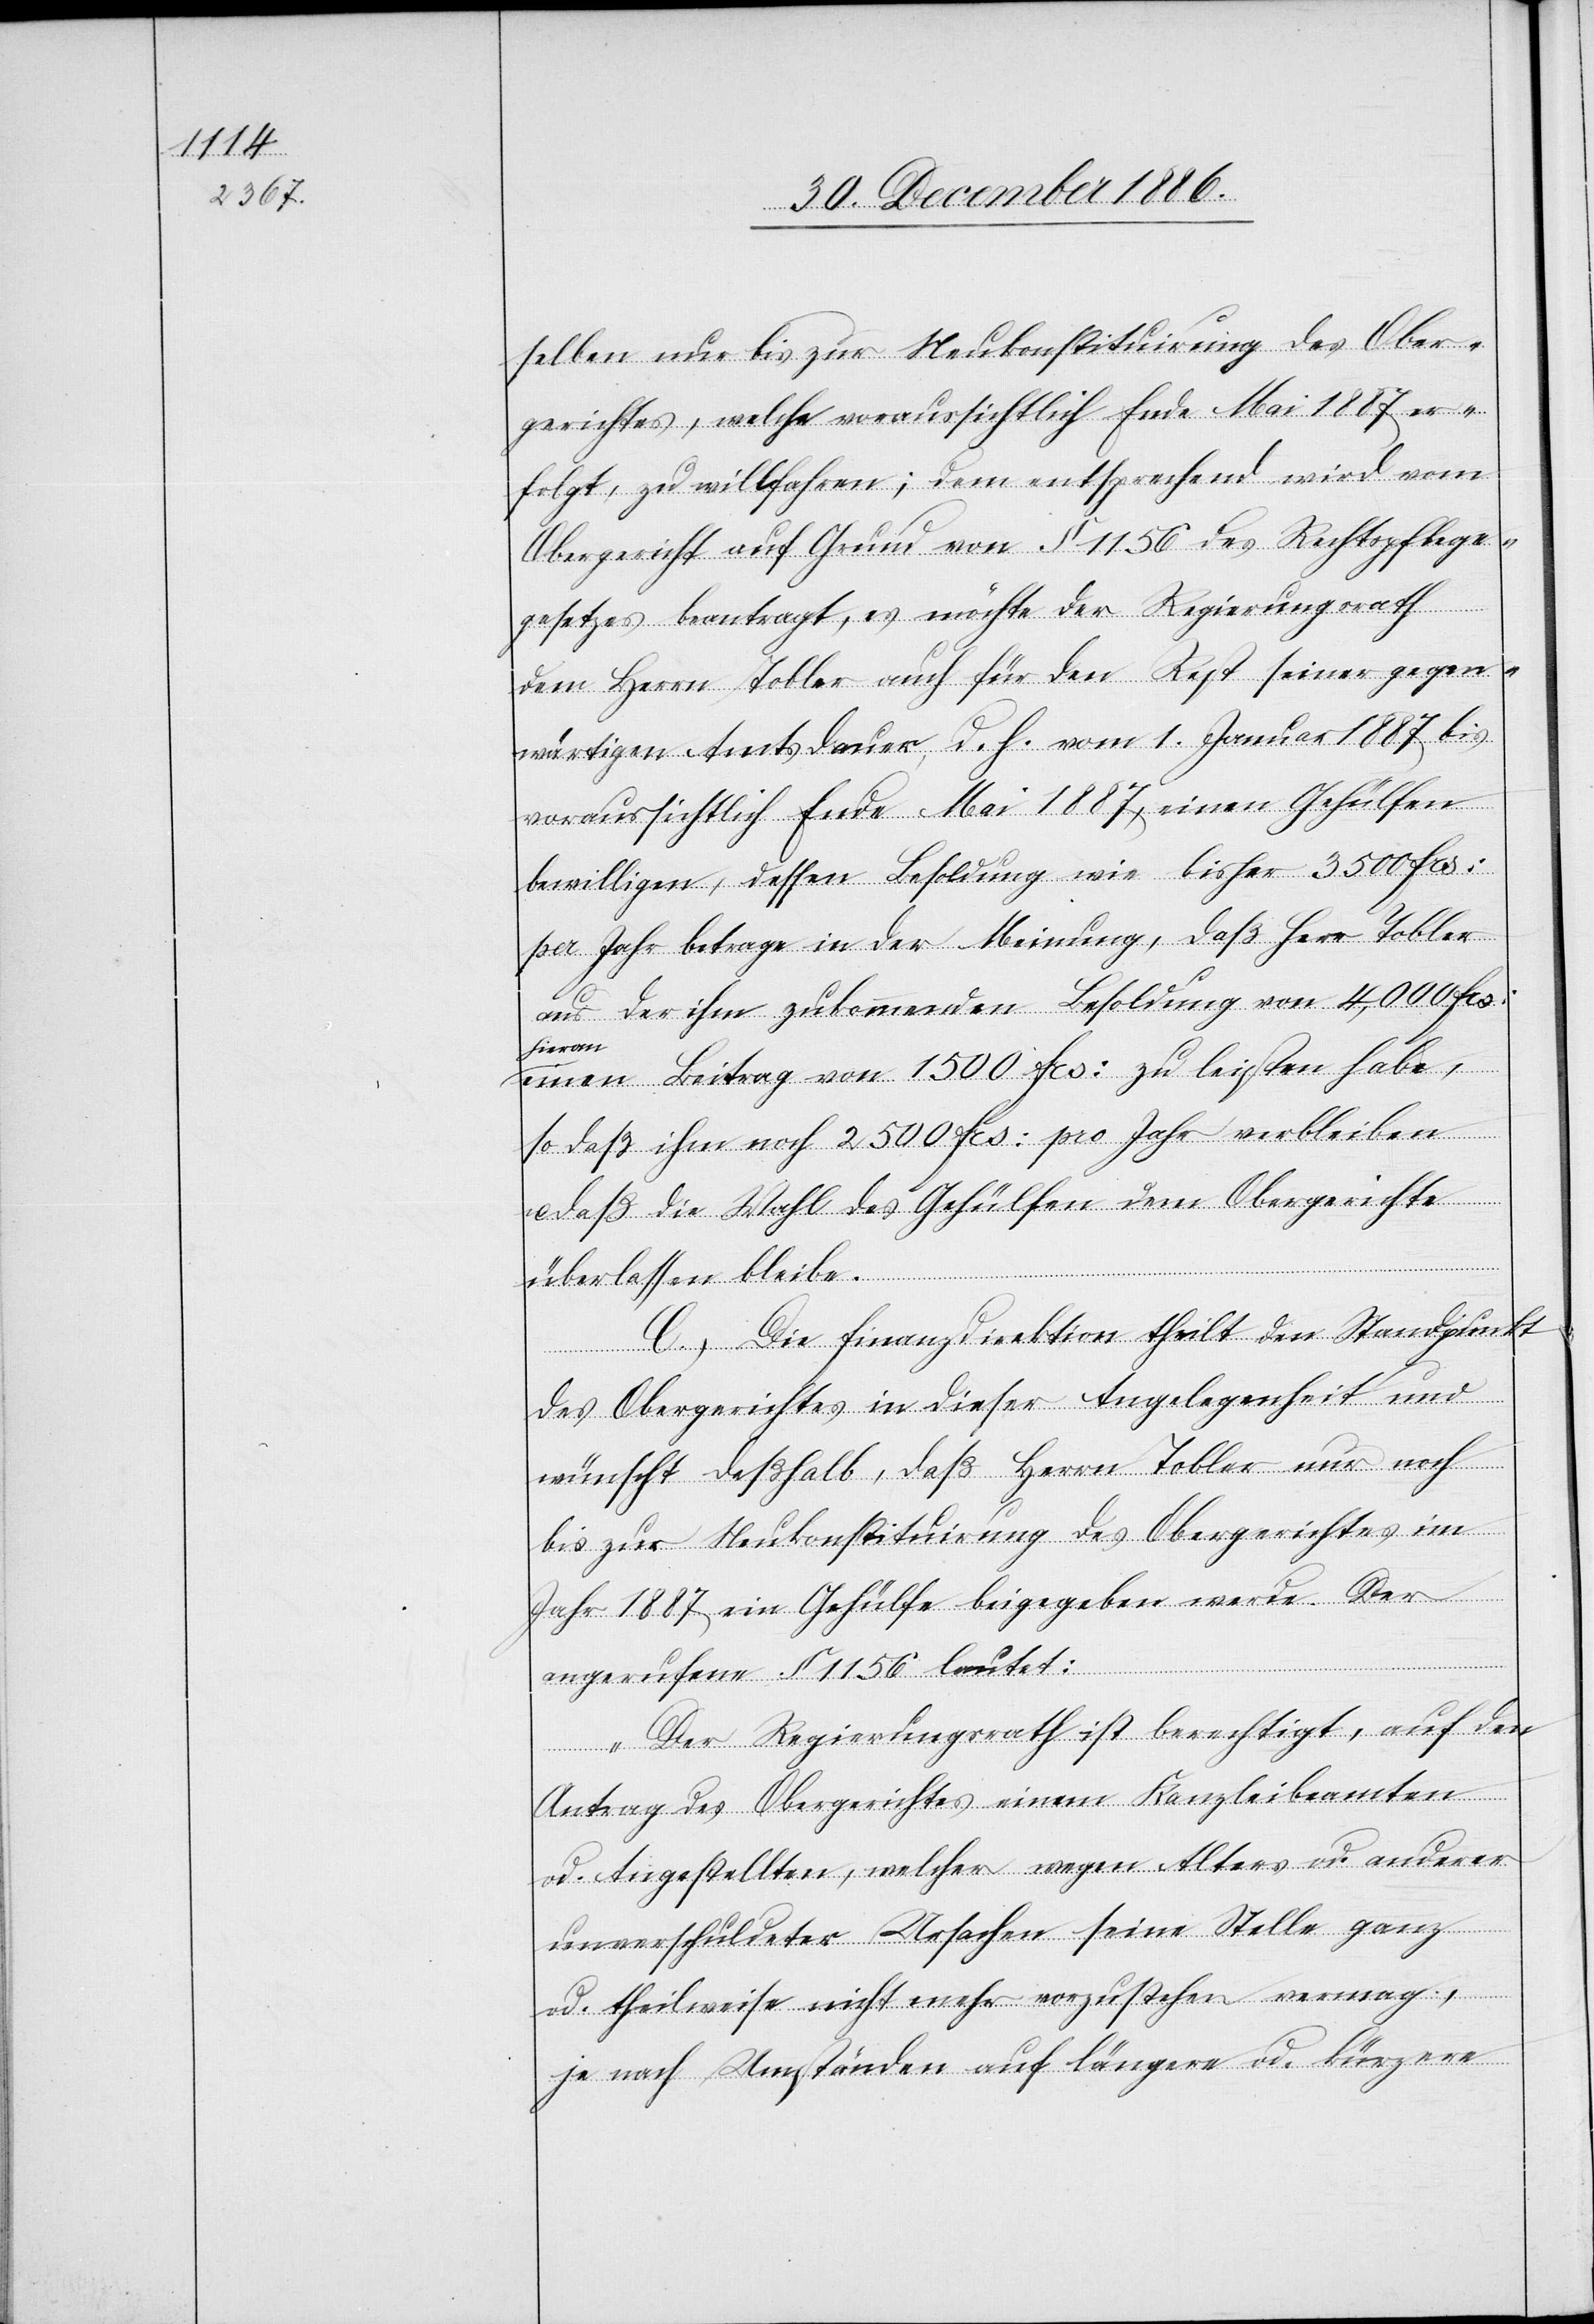
selben nur bis zur Neukonstituirung des Ober¬
gerichtes, welche voraussichtlich Ende Mai 1887 er¬
folgt, zu willfahren; dem entsprechend wird vom
Obergericht auf Grund von § 1156 des Rechtspflege¬
gesetzes beantragt, es möchte der Regierungsrath
dem Herrn Tobler auch für den Rest seiner gegen¬
wärtigen Amtsdauer, d. h. vom 1. Januar 1887 bis
voraussichtlich Ende Mai 1887, einen Gehülfen
bewilligen, dessen Besoldung wie bisher 3500 Frs:
per Jahr betrage in der Meinung, daß Herr Tobler
aus der ihm zukommenden Besoldung von 4,000 Frs:
hieran
einen Beitrag von 1500 Frs: zu leisten habe,
so das ihm noch 2500 Frs: pro Jahr verbleiben
u. daß die Wahl des Gehülfen dem Obergerichte
überlassen bleibe.
C. Die Finanzdirektion theilt den Standpunkt
des Obergerichtes in dieser Angelegenheit und
wünscht deßhalb, daß Herrn Tobler nur noch
bis zur Neukonstituirung des Obergerichtes im
Jahr 1887 ein Gehülfe beigegeben werde. Der
angerufene § 1156 lautet:
„Der Regierungsrath ist berechtigt, auf den
Antrag des Obergerichtes einem Kanzleibeamten
od. Angestellten, welcher wegen Alters od. anderer
unverschuldeter Ursachen seine Stelle ganz
od. theilweise nicht mehr vorzustehen vermag,
je nach Umständen auf längere od. kürzere